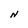
Character: N